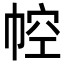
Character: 𢃐